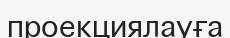
проекциялауға